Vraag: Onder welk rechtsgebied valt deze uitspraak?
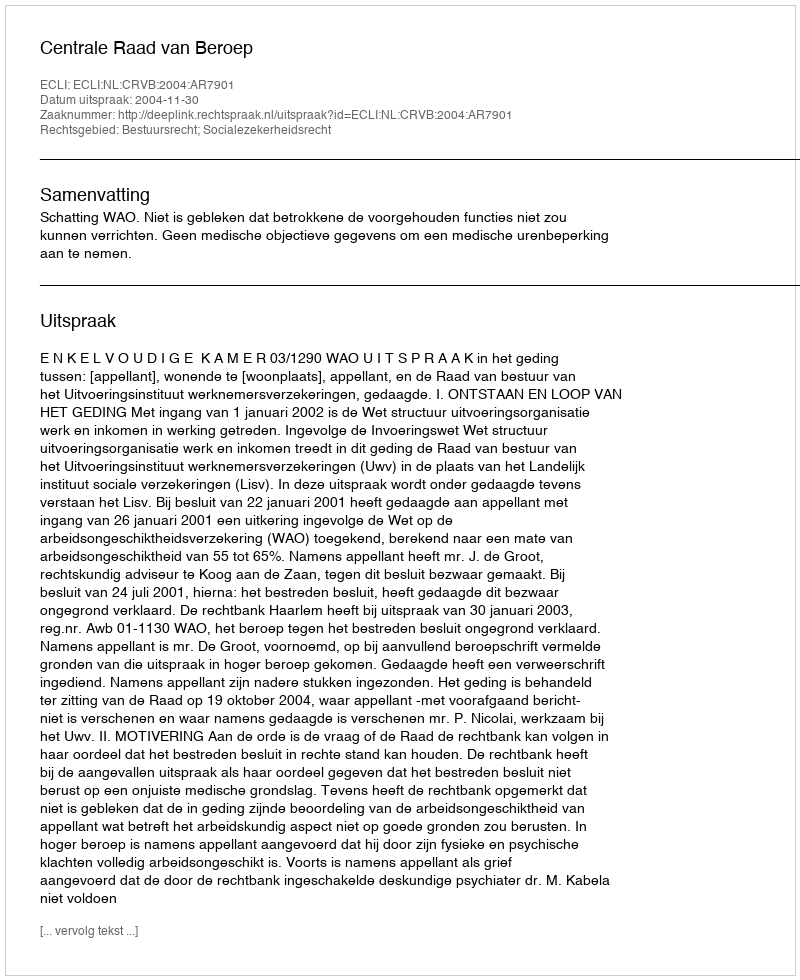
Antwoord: Bestuursrecht; Socialezekerheidsrecht